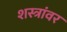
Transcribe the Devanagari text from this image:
शस्त्रांवर